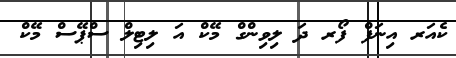
ކެއަރ އިނަފް ފޯރ ދަ ލިވިންގް މޭކް އަ ލިޓިލް ސްޕޭސް މޭކް